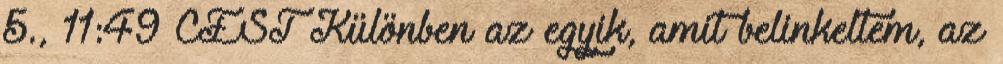
5., 11:49 CEST Különben az egyik, amit belinkeltem, az